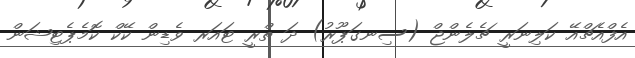
އެފްއެޗްއޭ ކަލިނަރީ ޗެލެންޖް (ސިނގަޕޫރު) ދަ ތްރީ ޓައަރ ވެޑިން ކޭކް ކޮމެޕެޓިޝަން